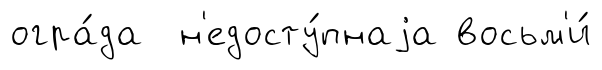
огра́да н'едосту́пнаjа восьм'и́